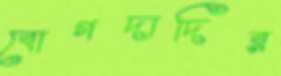
বোগদাদির